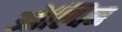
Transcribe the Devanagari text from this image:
ओल्विन